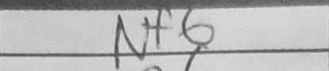
Transcription: Nf6